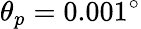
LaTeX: \theta_{p}=0.001^{\circ}